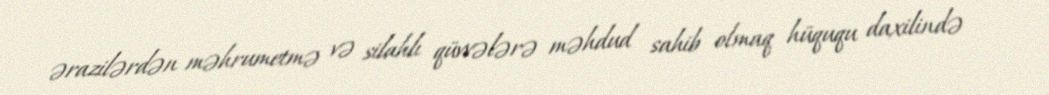
ərazilərdən məhrumetmə və silahlı qüvvələrə məhdud sahib olmaq hüququ daxilində